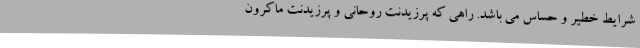
شرایط خطیر و حساس می باشد. راهی که پرزیدنت روحانی و پرزیدنت ماکرون